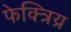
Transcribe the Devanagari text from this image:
फेक्त्रिय्र